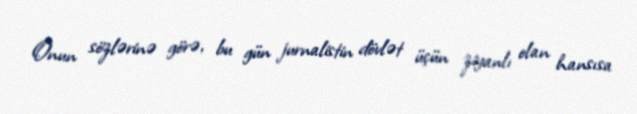
Onun sözlərinə görə, bu gün jurnalistin dövlət üçün ziyanlı olan hansısa